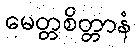
မေတ္တစိတ္တာနံ